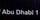
abu